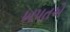
ખપતએ